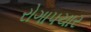
રોગાપચાર